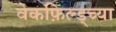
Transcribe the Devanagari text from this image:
वेकफ़िल्ड्च्या